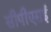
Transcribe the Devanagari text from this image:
सीपीएसई